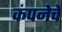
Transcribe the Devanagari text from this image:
कंपनेचे